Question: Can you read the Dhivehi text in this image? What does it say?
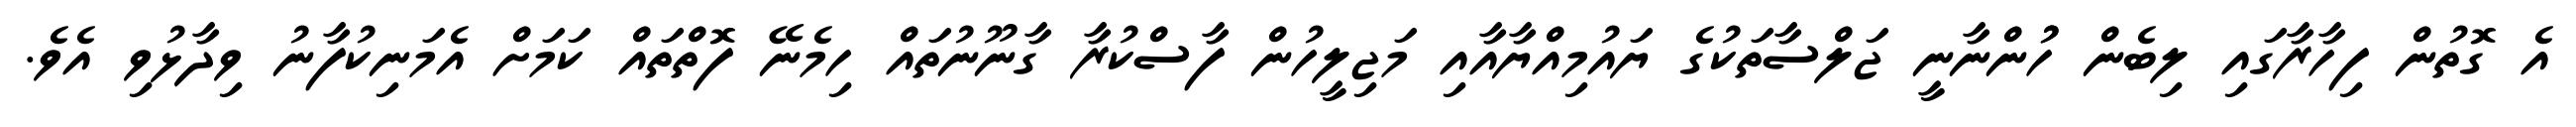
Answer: އެ ގޮތުން ފިހާރާގައި ލިބެން ހުުންނާނީ ޖަލްސާތަކުގެ ޔައުމިއްޔާއާއި މަޖިލީހުން ފާސްކުރާ ގާނޫނުތައް ހިމެނޭ ފޮތްތައް ކަމަށް އެމަނިކުފާނު ވިދާޅުވި އެވެ.